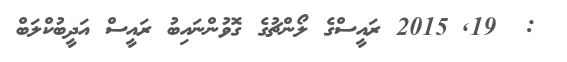
:  19